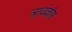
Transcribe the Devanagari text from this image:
त्रावंकोर